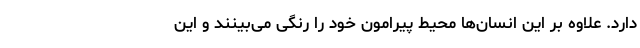
دارد. علاوه بر این انسان‌ها محیط پیرامون خود را رنگی می‌بینند و این